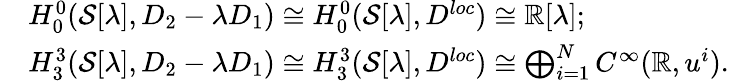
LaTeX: \begin{array}{rl}&{H_{0}^{0}(\mathcal{S}[\lambda],D_{2}-\lambda D_{1})\cong H_{0}^{0}(\mathcal{S}[\lambda],D^{loc})\cong\mathbb{R}[\lambda];}\\ &{H_{3}^{3}(\mathcal{S}[\lambda],D_{2}-\lambda D_{1})\cong H_{3}^{3}(\mathcal{S}[\lambda],D^{loc})\cong\bigoplus_{i=1}^{N}C^{\infty}(\mathbb{R},u^{i}).}\end{array}